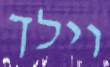
וילך